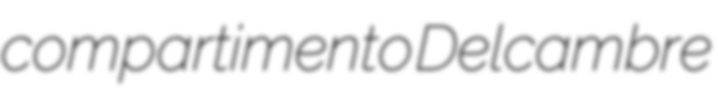
compartimento Delcambre